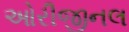
ઓરીજીનલ